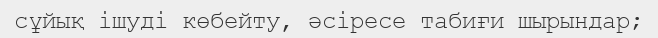
сұйық ішуді көбейту, әсіресе табиғи шырындар;